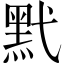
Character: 黓